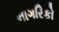
નાગરિકો